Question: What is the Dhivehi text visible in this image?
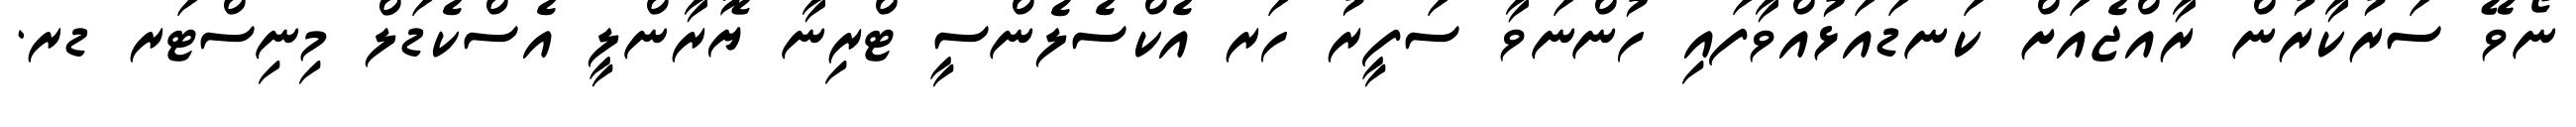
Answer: ނޯވޭ ސަރުކާރުން ރާއްޖެއަށް ކަނޑައަޅުއްވާފައި ހުންނަވާ ސަފީރު ހަރ އެކްސެލެންސީ ޓްރިނާ ޔޮރާންލީ އެސްކެޑަލް މިނިސްޓަރ ޑރ.